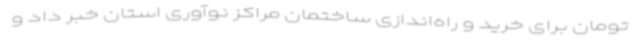
تومان برای خرید و راه‌اندازی ساختمان مراکز نوآوری استان خبر داد و